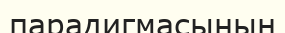
парадигмасының